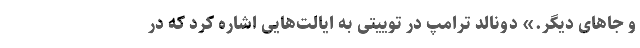
و جاهای دیگر.» دونالد ترامپ در توییتی به ایالت‌هایی اشاره کرد که در